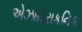
એઝાડિરાકનિક